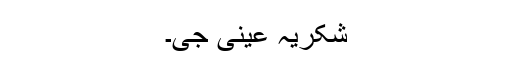
شکریہ عینی جی۔